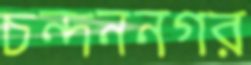
চন্দননগর